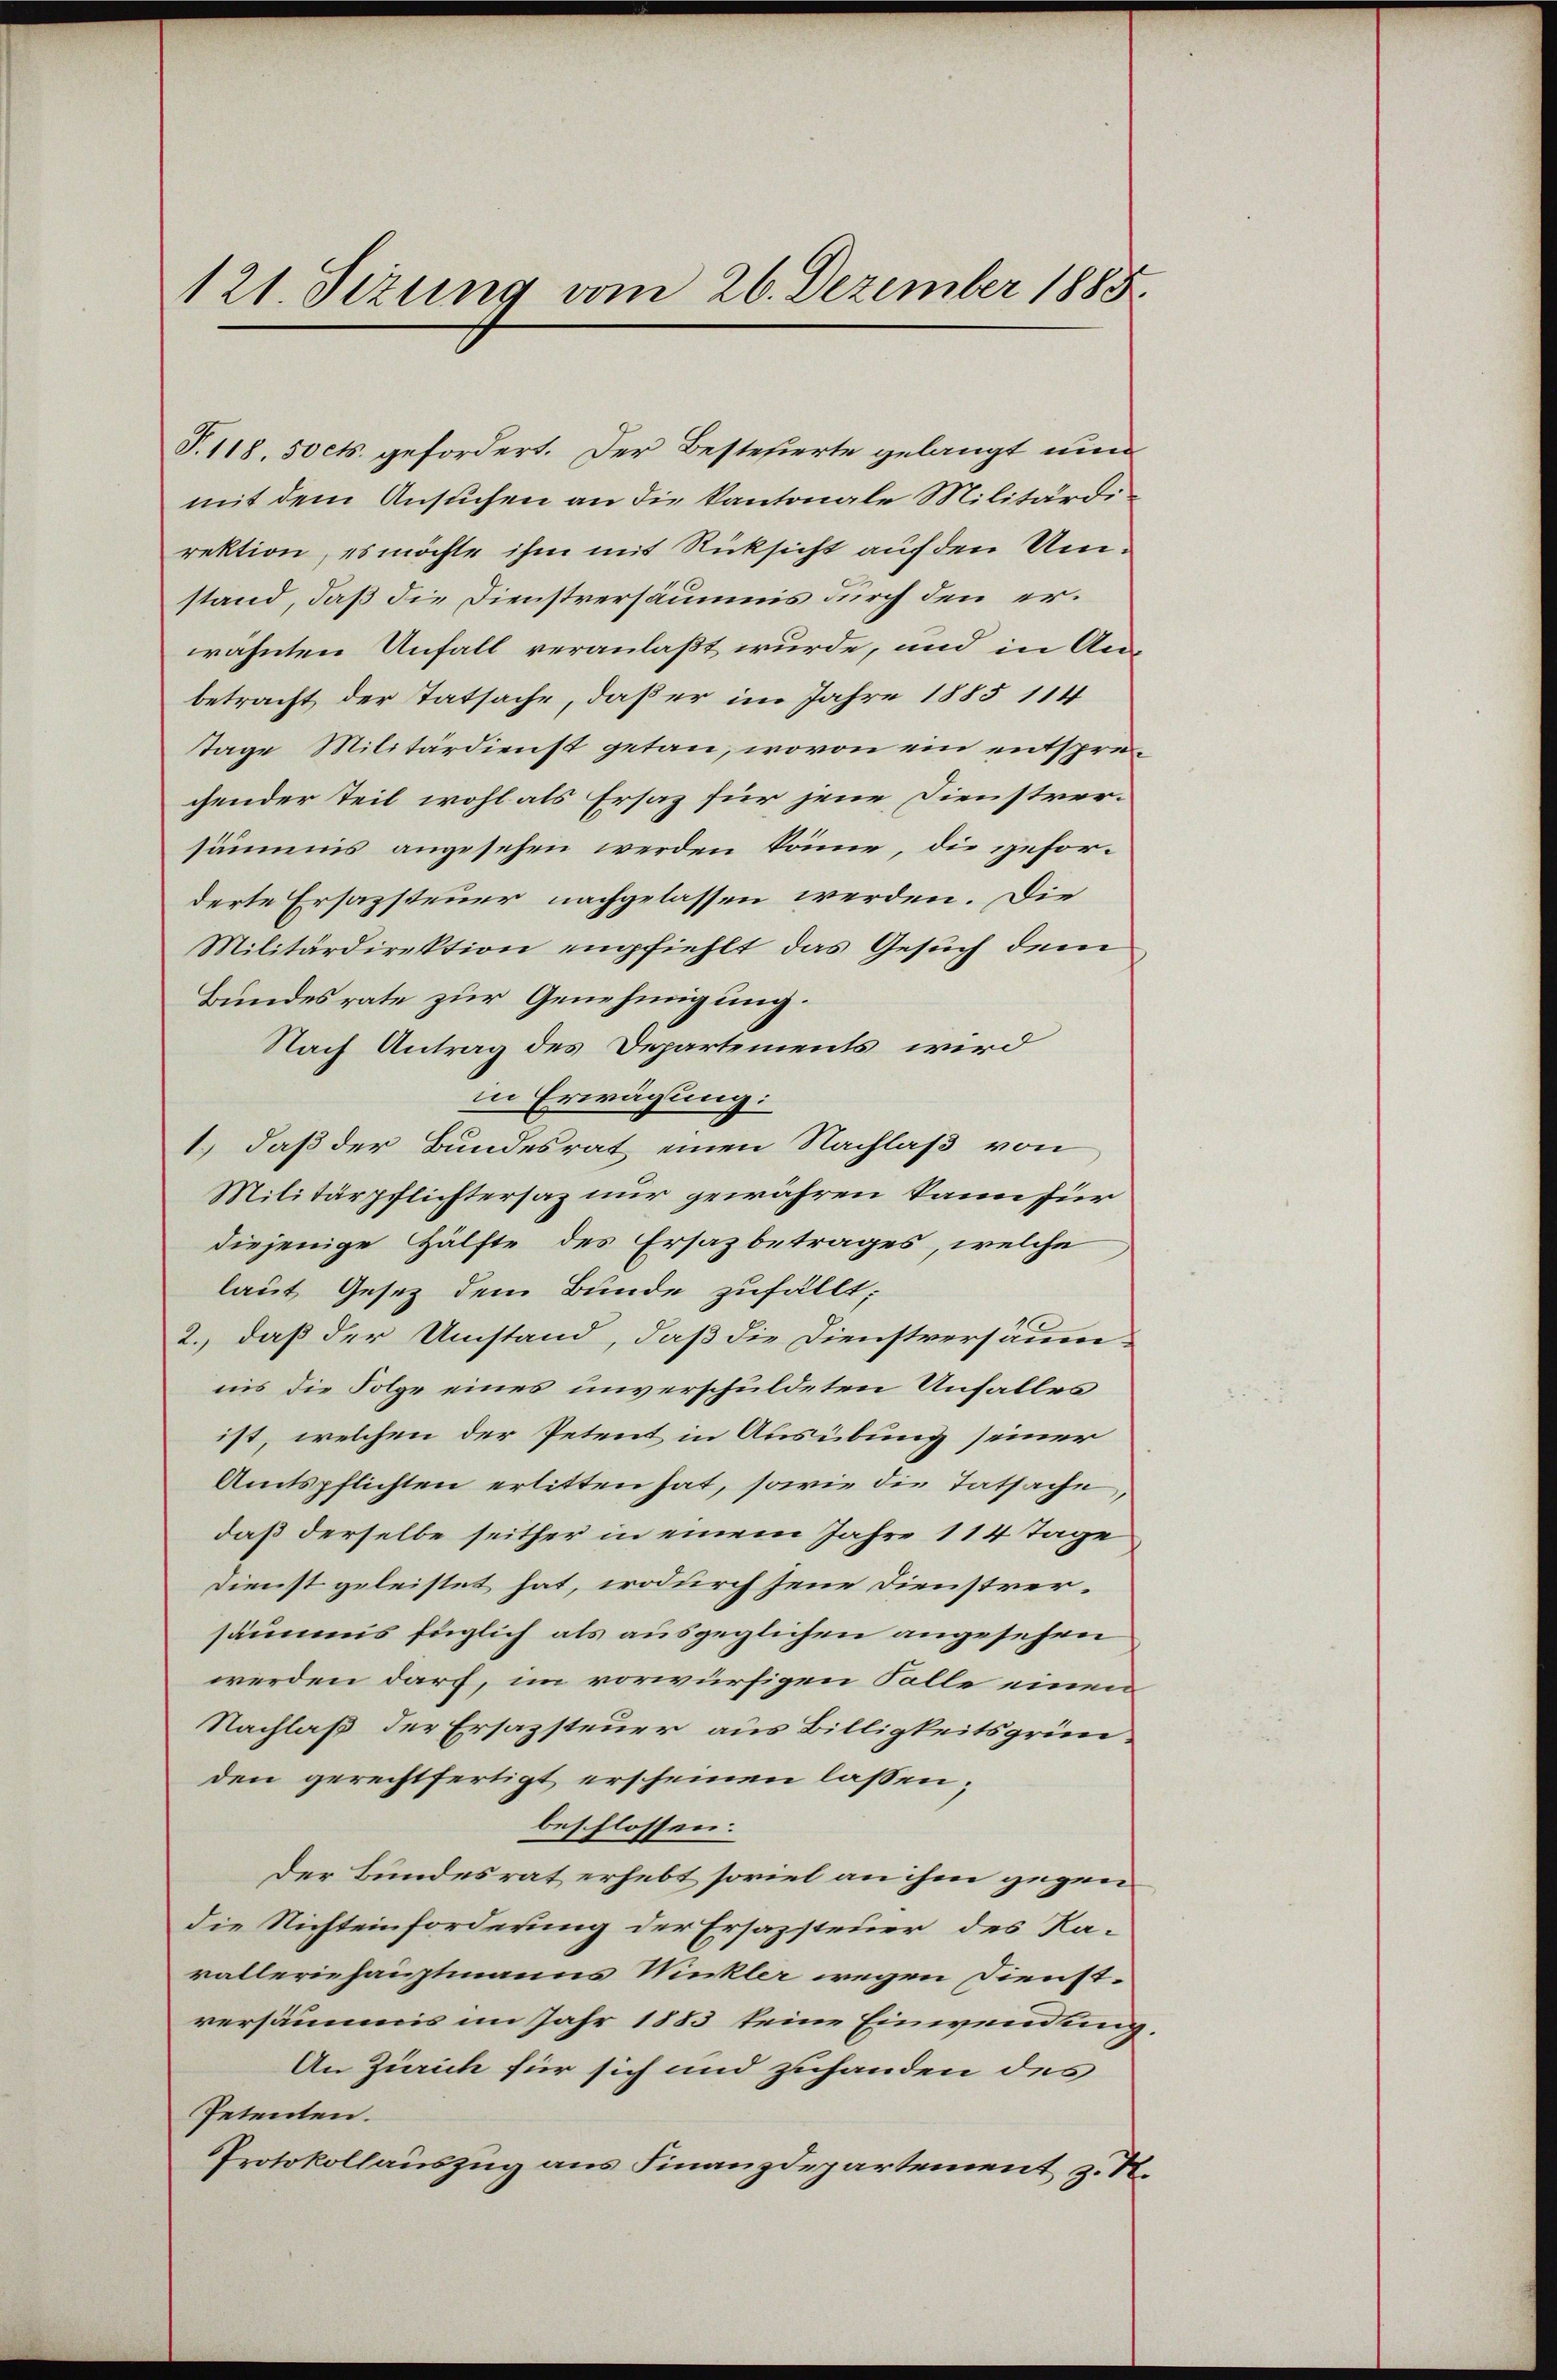
121. Sezung vom 26. Dezember 1885.

T. 118, 50 cts. gefordert. Der Bestefierte gelangt nun
mit dem Ansuchen an die Kantonale Militärdirektion, es möchte ihm mit Rücksicht auf den Umstand, daß die Dienstversäumis durch den erwähnten Unfall veranlaßt wurde, und in Anbetracht der Tatsache, daß er im Jahre 1885 114
Tage Militärdienst getan, wovon ein entsprechender Teil wohl als Ersaz für jene Dienstversäumis angesehen werden könne, die geforderte Ersazsteuer nachgelassen werden. Die
Militärdirektion empfiehlt das Gesuch dem
Bundesrate zur Genehmigung.
Nach Antrag des Departements wird
in Erwägung:
1.) daß der Bundesrat einen Nachlaß von
Militärpflichtersaz nur gewähren kann für
diejenige Hälfte des Ersazbetrages, welche
laut Gesetz dem Bunde zufällt;
2., daß der Umstand, daß die Dienstversäum-
nis die Folge eines unverschuldeten Unfalles
ist, welchen der Petent in Ausübung seiner
Amtspflichten erlitten hat, sowie die Tatsache,
daß derselbe seither in einem Jahre 114 Tage
Dienst geleistet hat, wodurch jene Dienstversäums füglich als ausgeglichen angesehen
werden darf, im vorwürfigen Folle einen
Nachlaß der Ersazsteuer aus Billigkeitsgründen gerechtfertigt erscheinen lassen;
beschlossen:
Der Bundesrat erhebt soviel an ihm gegendie Nichteinforderung der Ersazsteuer des Ka-
ralleriehauptmanns Winkler wegen Dienstversäumis im Jahr 1883 keine Einwendung
An Zürich für sich und zuhanden des
Petenten.
Protokollauszug aus Finanzdepartement z. R.